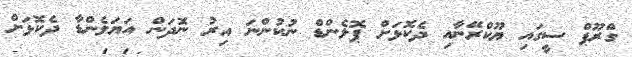
ގްރޫޕް ސީގައި ޔޫކްރޭނާއި ދެކޮޅަށް ޕޮލެންޑް ނުކުންނަ އިރު ނޮދަން އަޔަލެންޑާ ދެކޮޅަށް